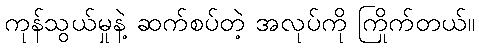
ကုန်သွယ်မှုနဲ့ ဆက်စပ်တဲ့ အလုပ်ကို ကြိုက်တယ်။